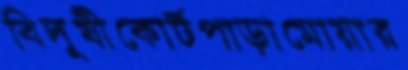
বিদূষীকোর্টপাড়ামোয়ার